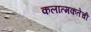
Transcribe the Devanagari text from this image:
कलात्मकतेची